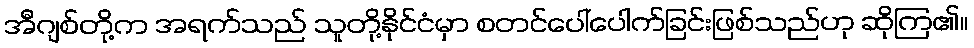
အီဂျစ်တို့က အရက်သည် သူတို့နိုင်ငံမှာ စတင်ပေါ်ပေါက်ခြင်းဖြစ်သည်ဟု ဆိုကြ၏။